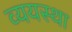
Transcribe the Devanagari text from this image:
व्ययस्था